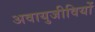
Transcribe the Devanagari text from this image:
अवायुजीवियों